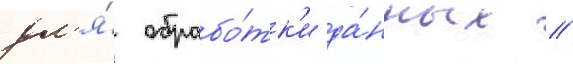
дл'я́ обрабо́тк'и да́нных //